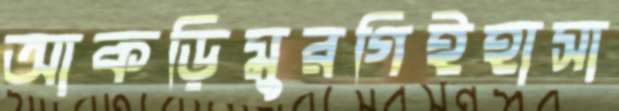
আকড়িমুরগিইহাসা